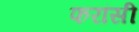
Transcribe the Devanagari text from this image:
फरांसी